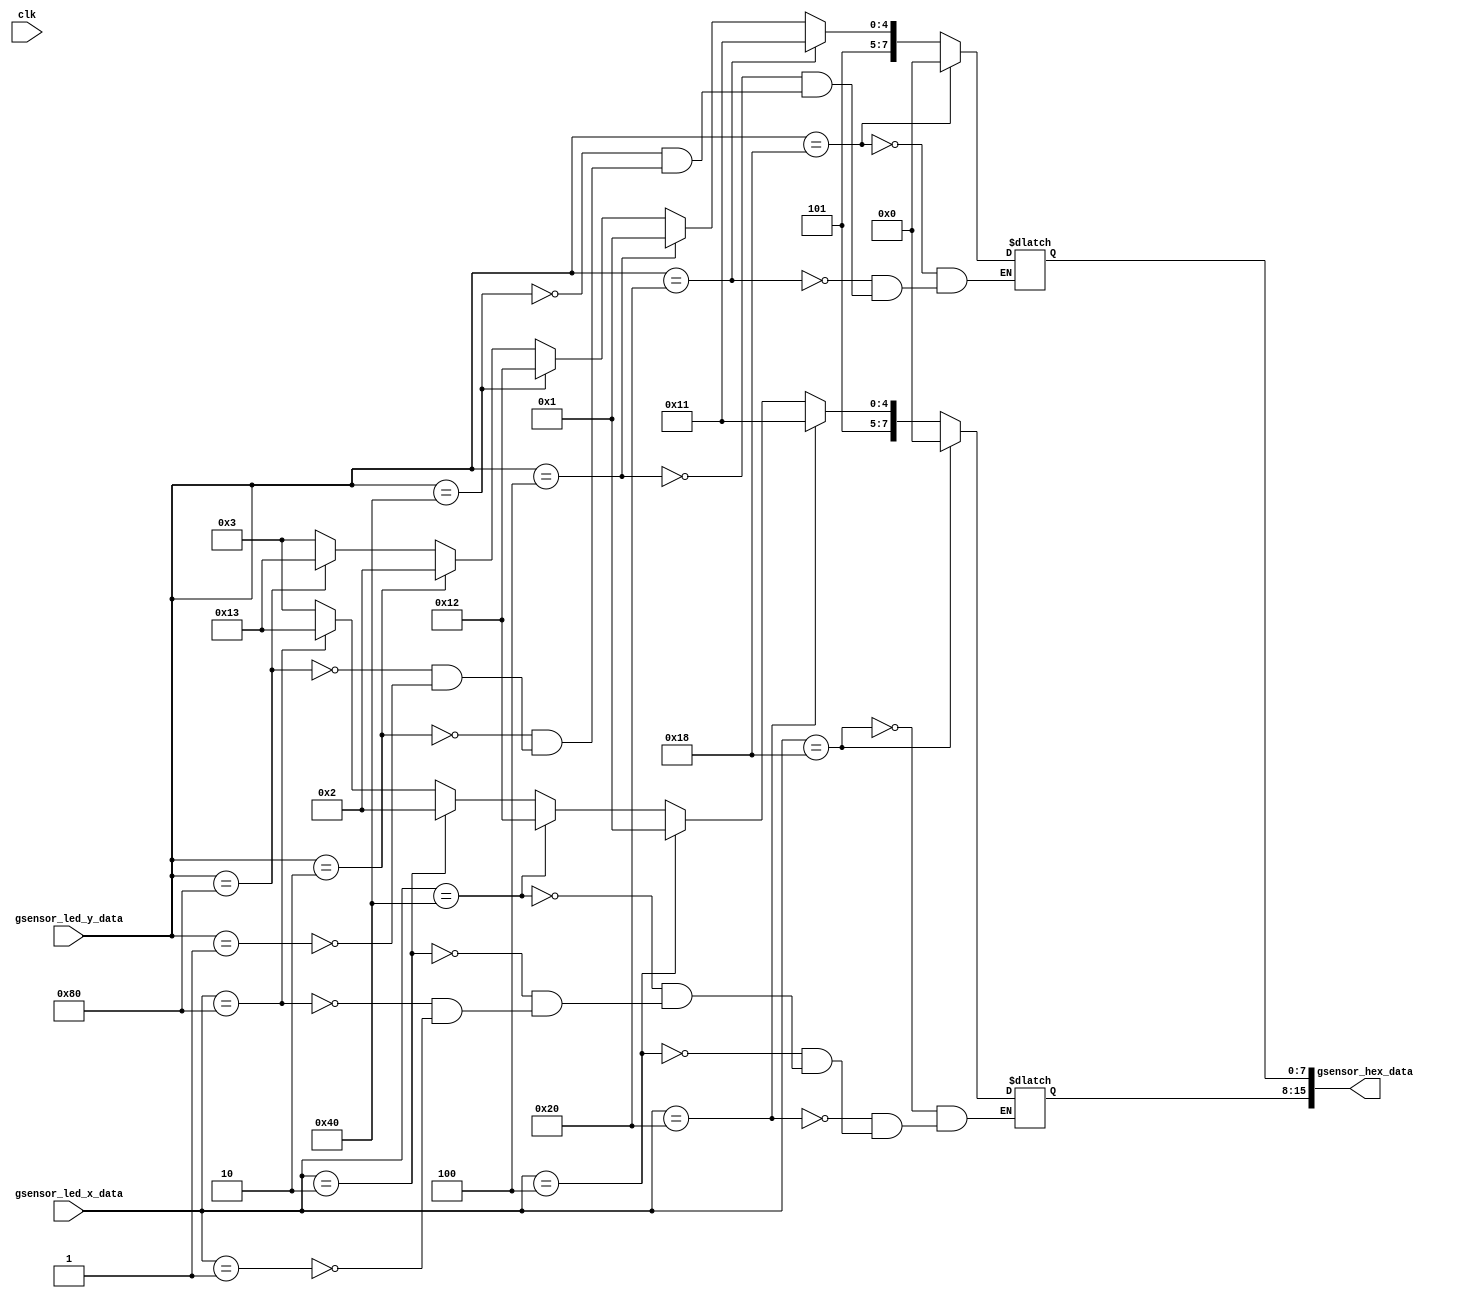
module gsensor_led_to_hex(
	input clk,
	input [7:0] gsensor_led_x_data,
	input [7:0] gsensor_led_y_data,
	output [15:0] gsensor_hex_data 
);

	reg [7:0] gsensor_hex_x_data;
	reg [7:0] gsensor_hex_y_data; 

	always@(clk)
	begin
		// for x values
		if(gsensor_led_x_data == 8'b0001_1000)
		begin
			gsensor_hex_x_data <= 8'b0000_0000;
		end
		else if(gsensor_led_x_data == 8'b0010_0000)
		begin
			gsensor_hex_x_data <= 8'b1011_0001; // -1 on HEX
		end
		else if(gsensor_led_x_data == 8'b0000_0100)
		begin
			gsensor_hex_x_data <= 8'b1010_0001; // +1 on HEX
		end	
		else if(gsensor_led_x_data == 8'b0100_0000)
		begin
			gsensor_hex_x_data <= 8'b1011_0010; // -2 on HEX
		end
		else if(gsensor_led_x_data == 8'b0000_0010)
		begin
			gsensor_hex_x_data <= 8'b1010_0010; // +2 on HEX
		end	
		else if(gsensor_led_x_data == 8'b1000_0000)
		begin
			gsensor_hex_x_data <= 8'b1011_0011; // -3 on HEX
		end
		else if(gsensor_led_x_data == 8'b0000_0001)
		begin
			gsensor_hex_x_data <= 8'b1010_0011; // +3 on HEX
		end
	
		// for y values
		if(gsensor_led_y_data == 8'b0001_1000)
		begin
			gsensor_hex_y_data <= 8'b0000_0000;
		end
		else if(gsensor_led_y_data == 8'b0010_0000)
		begin
			gsensor_hex_y_data <= 8'b1011_0001; // -1 on HEX
		end
		else if(gsensor_led_y_data == 8'b0000_0100)
		begin
			gsensor_hex_y_data <= 8'b1010_0001; // +1 on HEX
		end	
		else if(gsensor_led_y_data == 8'b0100_0000)
		begin
			gsensor_hex_y_data <= 8'b1011_0010; // -2 on HEX
		end
		else if(gsensor_led_y_data == 8'b0000_0010)
		begin
			gsensor_hex_y_data <= 8'b1010_0010; // +2 on HEX
		end	
		else if(gsensor_led_y_data == 8'b1000_0000)
		begin
			gsensor_hex_y_data <= 8'b1011_0011; // -3 on HEX
		end
		else if(gsensor_led_y_data == 8'b0000_0001)
		begin
			gsensor_hex_y_data <= 8'b1010_0011; // +3 on HEX
		end	
		
		
	end


assign gsensor_hex_data = {gsensor_hex_x_data, gsensor_hex_y_data};

endmodule